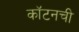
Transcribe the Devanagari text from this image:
कॉटनची